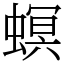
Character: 螟